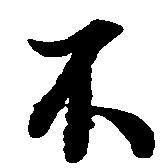
不